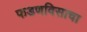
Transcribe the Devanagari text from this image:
फडणविसाचा